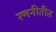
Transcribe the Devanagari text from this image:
रणनीतीत